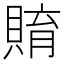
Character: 𧶰